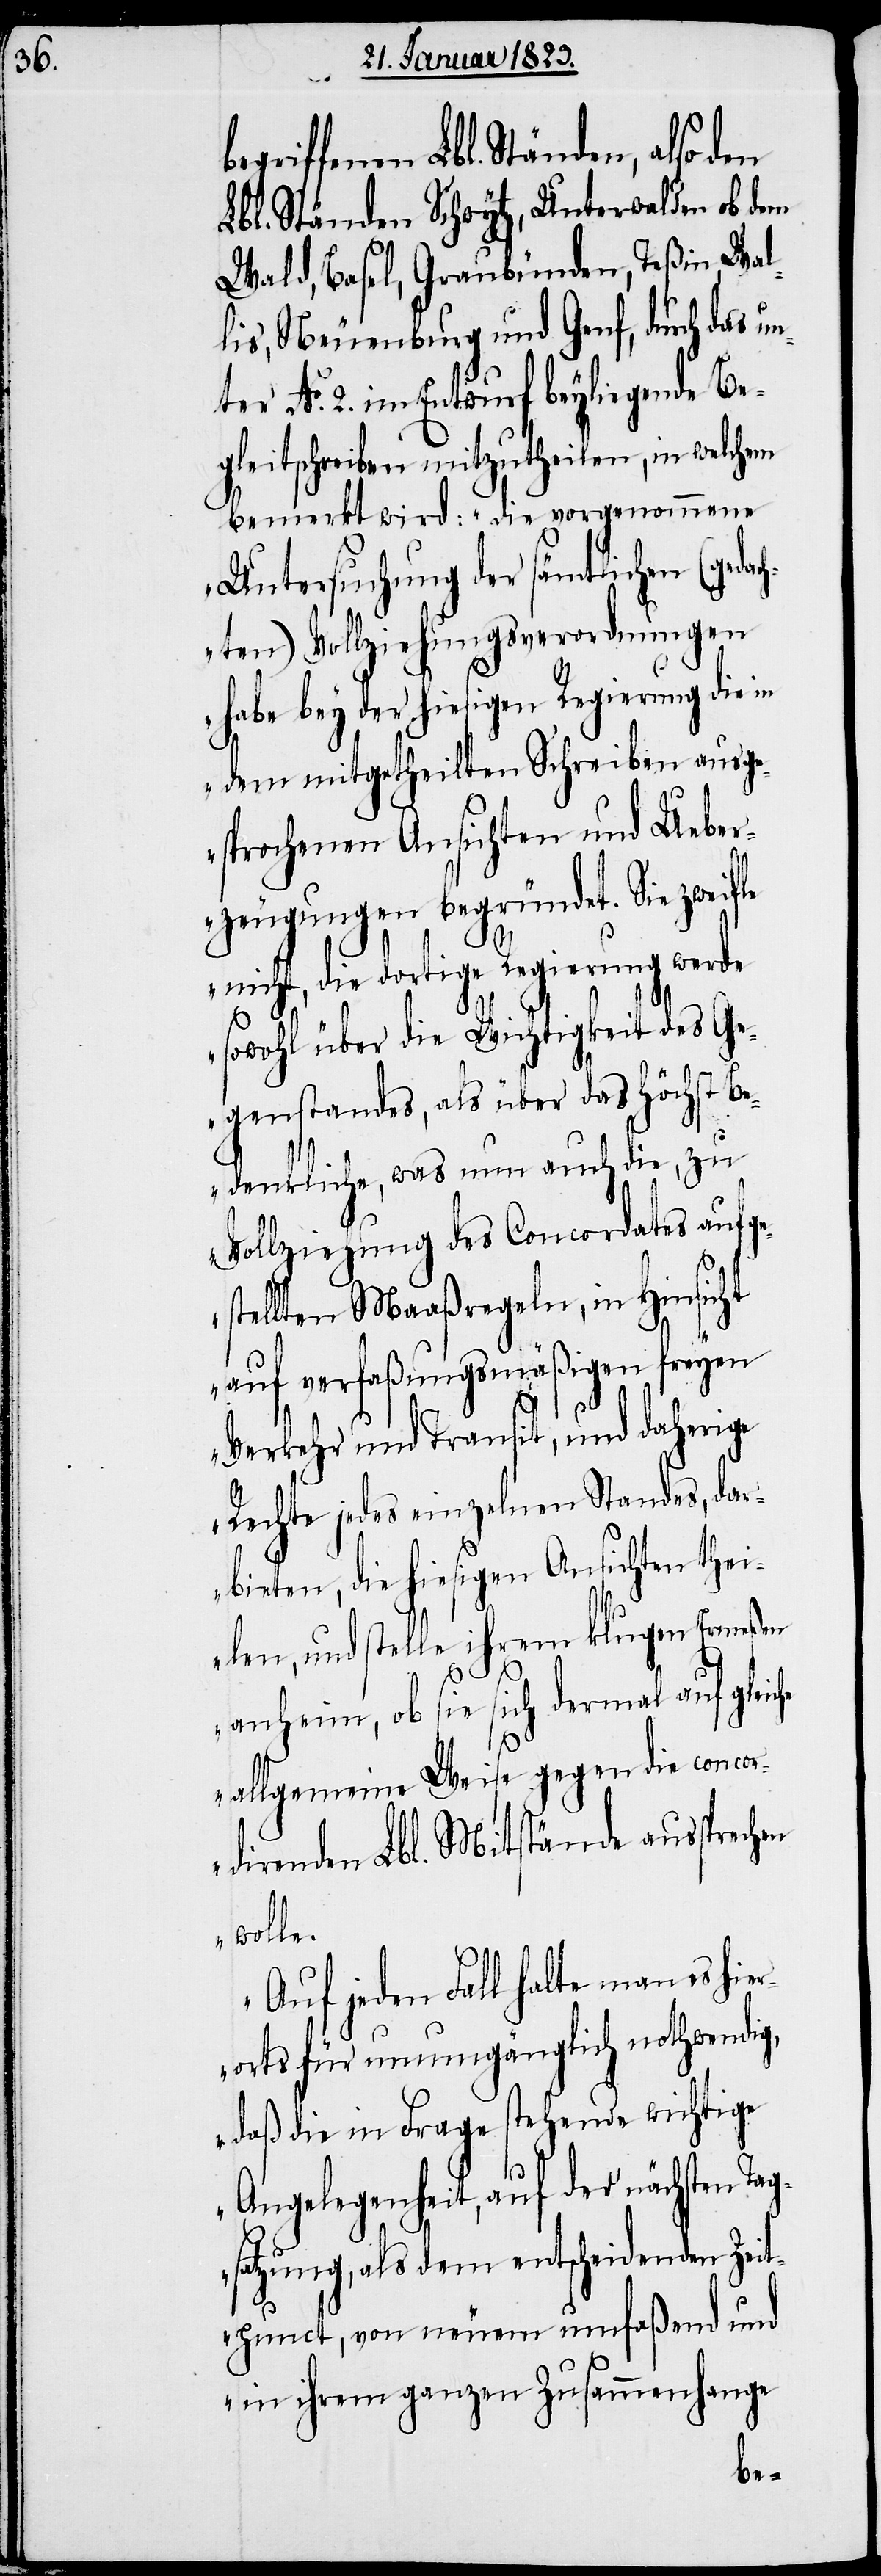
griffenen Lbl. Ständen, also den
Lbl. Ständen Schwytz, Unterwalden ob dem
Wald, Basel, Graubünden, Teßin, Wal¬
lis, Neuenburg und Genf, durch das u¬
nter No. 2. im Entwurf beyliegende Be¬
gleitschreiben mitzutheilen, in welchem
bemerkt wird: „die vorgenommene
Untersuchung der sämtlichen (geda¬
chten) Vollziehungsverordnungen
habe bey der hiesigen Regierung die in
dem mitgetheilten Schreiben ausge¬
sprochenen Ansichten und Ueber¬
zeugungen begründet. Sie zweifle
nicht, die dortige Regierung werde
sowohl über die Wichtigkeit des Ge¬
genstandes, als über das Höchst Be¬
denkliche, was nun auch die, zu
Vollziehung des Concordates aufge¬
stellten Maaßregeln, in Hinsicht
auf verfaßungsmäßigen freyen
Verkehr und Transit, und daherige
Rechte jedes einzelnen Standes, dar¬
bieten, die hiesigen Ansichten thei¬
len, und stelle ihrem klugen Ermeßen
he
anheim, ob sie sich dermal auf gleic¬
allgemeine Weise gegen die concor¬
direnden Lbl. Mitstände aussprechen
wolle.
Auf jeden Fall halte man es hie¬
rorts für unumgänglich nothwendig,
daß die in Frage stehende wichtige
Angelegenheit, auf der nächsten Tag¬
satzung, als dem entscheidenden Zeit¬
punct, von neuem umfaßend und
in ihrem ganzen Zusammenhange
be¬